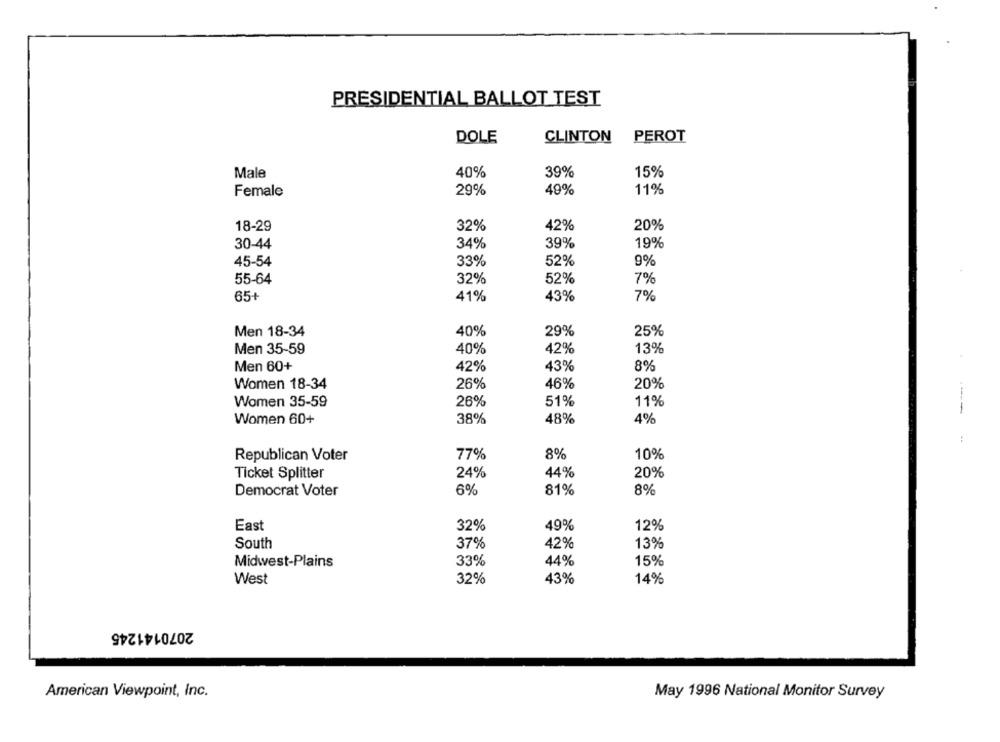
PRESIDENTIAL BALLOT TEST
DOLE
CLINTON
PEROT
Male
40%
39%
15%
Female
29%
49%
11%
18-29
32%
42%
20%
30-44
34%
39%
19%
45-54
33%
52%
9%
55-64
32%
52%
7%
65+
41%
43%
7%
Men 18-34
40%
29%
25%
40%
42%
13%
Men 35-59
Men 60+
42%
43%
8%
Women 18-34
26%
46%
20%
Women 35-59
26%
51%
11%
----
Women 60+
38%
48%
4%
Republican Voter
77%
8%
10%
Ticket Splitter
24%
44%
20%
Democrat Voter
6%
81%
8%
East
32%
49%
12%
South
37%
42%
13%
Midwest-Plains
33%
44%
15%
43%
West
32%
14%
2070141245
American Viewpoint, Inc.
May 1996 National Monitor Survey